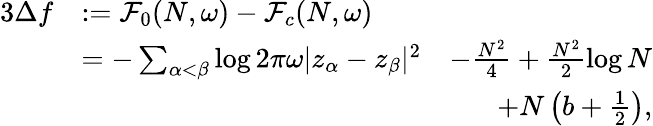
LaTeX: \begin{array}{rlr}{{3}\Delta f}&{:=\mathcal F_{0}(N,\omega)-\mathcal F_{c}(N,\omega)}&\\ &{=-\sum_{\alpha<\beta}\log 2\pi\omega|z_{\alpha}-z_{\beta}|^{2}}&{-\frac{N^{2}}{4}+\frac{N^{2}}{2}\log N}\\ &{}&{+N\left(b+\frac{1}{2}\right),}\end{array}